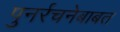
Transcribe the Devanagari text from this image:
पुनर्रचनेबाबत